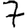
Digit: 7